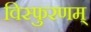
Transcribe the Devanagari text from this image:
विस्फुरणम्